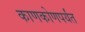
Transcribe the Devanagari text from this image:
काणकोणपर्यंत